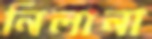
নিলানা